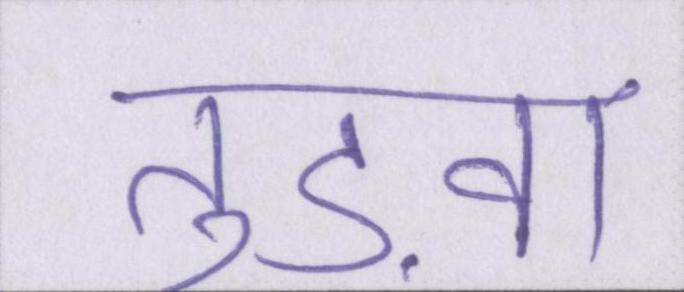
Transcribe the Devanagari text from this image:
तुड़वा